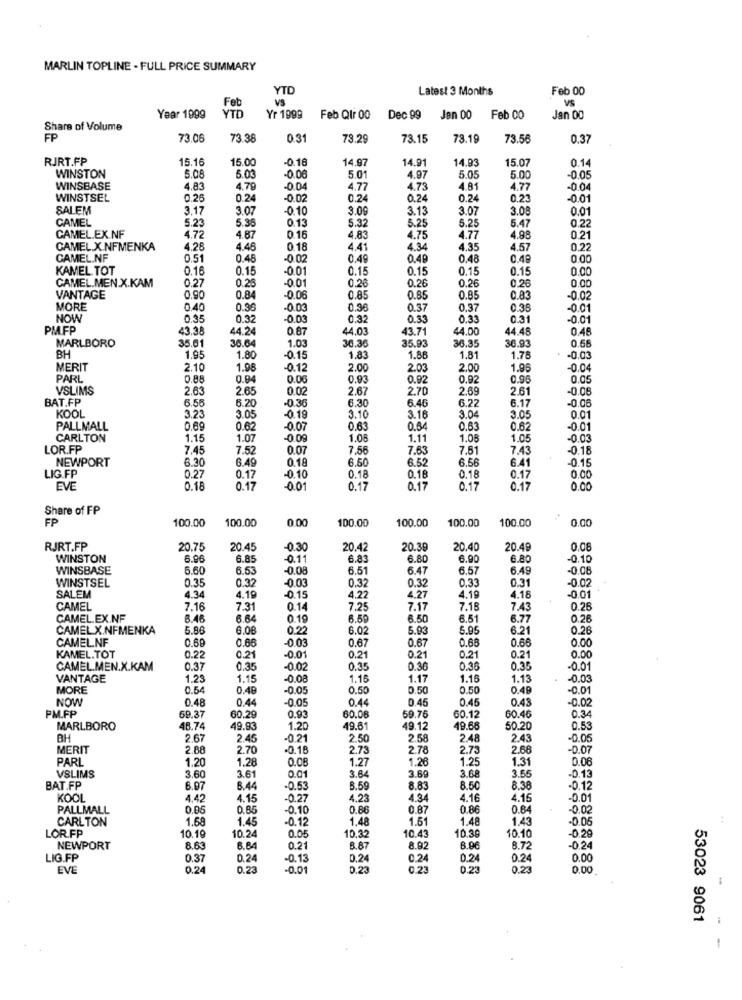
MARLIN TOPLINE - FULL PRICE SUMMARY
YTD
Latest 3 Months
Feb 00
Feb
VS
VS
YT
Year 1999
Yr 1999
Feb Qtr 00
Dec 99
Jen 00
Feb 00
Jan 00
Share of Volume
FP
73.06
73.38
0.31
73.29
73.15
73.19
73.56
0.37
RJRT.FP
15.16
15.00
-0.16
14.97
14.91
14.93
15.07
0.14
5.08
WINSTON
5.03
-0.06
5.01
4.97
5.05
5.00
-0.05
WINSBASE
4.83
4.79
-0.04
4.77
4.73
4.81
4.77
-0.04
WINSTSEL
0.26
0.24
-0.02
0.24
0.24
0.24
0.23
-0.01
SALEM
3.17
3.07
-0.10
3.09
3.13
3.07
3.08
0.01
CAMEL
5.23
0.13
5.47
0.22
5.35
5.32
5.25
5.25
CAMEL.EX.NF
4.72
4.87
0.16
4,83
4.75
4.77
4.98
0.21
CAMEL.X.NFMENKA
4.28
4.45
0.18
4.41
4.34
4.35
4.57
0.22
CAMEL.NF
0.51
0.48
-0.02
0.49
0.49
0.48
0.49
0.00
KAMEL TOT
0.16
0.15
-0.01
0.15
0.15
0.15
0.15
0.00
0.28
0.26
0.26
CAMEL.MEN.X.KAM
0.27
-001
0.26
0.26
0.00
VANTAGE
0.90
0.84
-0.06
0.85
0.85
0.95
0.83
-0.02
MORE
0.40
0.36
-0.03
0.38
0.37
0.37
0.35
NOW
0.35
0.32
-0.03
0.32
0.33
0.33
0.31
-0.01
PMFP
43.38
44.24
0.87
44.03
43.71
44.00
44.48
0.48
MARLBORO
35.61
36.64
1.0
30.30
35.93
36.35
36.93
0.56
BH
1.95
1.80
-0.15
1.83
1.86
1.81
1.78
-0.03
MERIT
2.10
1.98
0.12
2.00
2.03
2.00
1.96
-0.04
PARL
0.88
0.94
0.06
0.93
0.92
0.92
0.95
0.05
VSLIMS
2.63
2.65
0.02
2.67
2.70
2.69
2.61
-0.08
BAT.FP
6.55
6.20
-0.36
6.46
6.22
6.17
KOOL
6.30
-0.0
3.23
3.05
-0.19
3.10
3.16
3.04
3.05
0.01
PALLMALL
0.69
0.62
-0.07
0.63
0.64
0.63
0.62
-0.0
CARLTON
1.15
1.07
1.08
1.11
1.06
1.05
-0.0
LOR.FP
7.45
7.52
0.07
7.56
7.63
7.51
7.43
-0.18
NEWPORT
6.30
6.49
0.18
6.50
6.52
6.56
6.41
-0.15
LIG.FP
0.27
0.17
-0.10
0.18
0.16
0.18
0.17
0.00
EVE
0.18
0.17
-0.01
0.17
0.17
0.17
0.17
0.00
Share of FP
FP
100.00
100.00
0.00
100.00
100.00
100.00
100.00
0.00
RJRT.FP
20.75
20.45
-0.30
20.42
20.39
20.40
20.49
0.08
WINSTON
6.96
6.85
0.11
6.8
6.80
6.90
6.80
-0.10
WINSBASE
5.60
6.53
-0.08
6.51
6.47
6.57
6.49
-0.08
WINSTSEL
0.35
0.32
0.32
0.33
0.31
-0 02
-0.03
0.32
SALEM
4.34
4.19
-0.15
4.22
4.27
4.19
4.18
-0.01
CAMEL
7.16
7.31
0.14
7.25
7.17
7.18
7.43
0.26
CAMEL.EX.NF
6.46
6.64
0.19
6.50
6.50
6.51
6.77
0.26
CAMEL X.NFMENKA
5.86
6.08
0.22
6.0
5.93
5.95
6.21
0.26
CAMEL.NF
0.66
-0.03
0.67
0.67
0.68
0.65
0.69
0.00
KAMEL.TOT
0.22
0.21
-0.01
0.21
0.21
0.21
0.21
0.00
CAMEL.MEN.X.KAM
0.37
0.35
-0.02
0.35
0.36
0.38
0.35
-0.01
VANTAGE
1.23
1.15
-0.08
1.16
1.17
1.16
1.13
-0.03
MORE
0.54
0.48
-0.05
0.50
0.50
0.50
0.49
-0.01
NOW
0.48
0.44
0.44
0.45
0.45
0.43
-0.02
PM.FP
69.37
60.29
0.93
60.08
59.76
60.12
60.46
0.34
MARLBORO
48.74
49.93
1.20
49.61
49.12
49.66
50.20
0.53
BH
2.67
2.45
-0.21
2.50
2.58
2.48
2.43
-0.05
MERIT
2.88
2.70
-0.18
2.73
2.78
2.73
2.68
-0.07
PARL
1.20
1.28
1.27
1.28
1.25
1.31
0.06
VSLIMS
3.64
3.68
3.60
3.61
0.01
3.60
3.55
-0.13
BAT.FP
6.97
8.44
-0.53
8.59
8.83
8.50
8.38
-0.12
KOOL
4.42
4.15
-0.27
4,23
4.34
4.1€
4.15
-0.01
PALLMALL
0.05
0.85
-0.10
0.88
0.87
0.86
0.64
-0.02
CARLTON
1.69
1.45
-0.12
1,48
1.51
1.48
1.4
-0.05
LOR.FP
10.19
10.24
10.32
10.43
10.3
10.10
0.05
-0.29
NEWPORT
8.63
6.84
0.21
8.87
8.92
8.90
8.72
-0.24
LIG.FP
0.37
0.24
-0.13
0.24
0.24
0.24
0.24
0.00
EVE
0.24
0.23
-0.01
0.23
0.23
0.23
0.23
0,00
53023 9061